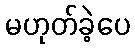
မဟုတ်ခဲ့ပေ